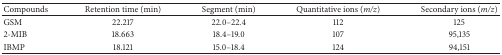
| Compounds | Retention time (min) | Segment (min) | Quantitative ions (m/z) | Secondary ions (m/z) |
 | --- | --- | --- | --- | --- |
 | GSM | 22.217 | 22.0–22.4 | 112 | 125 |
 | 2-MIB | 18.663 | 18.4–19.0 | 107 | 95,135 |
 | IBMP | 18.121 | 15.0–18.4 | 124 | 94,151 |